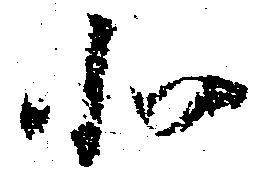
北